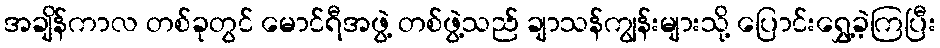
အချိန်ကာလ တစ်ခုတွင် မောင်ရီအဖွဲ့ တစ်ဖွဲ့သည် ချာသန်ကျွန်းများသို့ ပြောင်းရွှေ့ခဲ့ကြပြီး